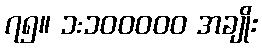
၇၅။ ၁:၁၀၀၀၀၀ အချိုး